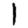
Digit: 1